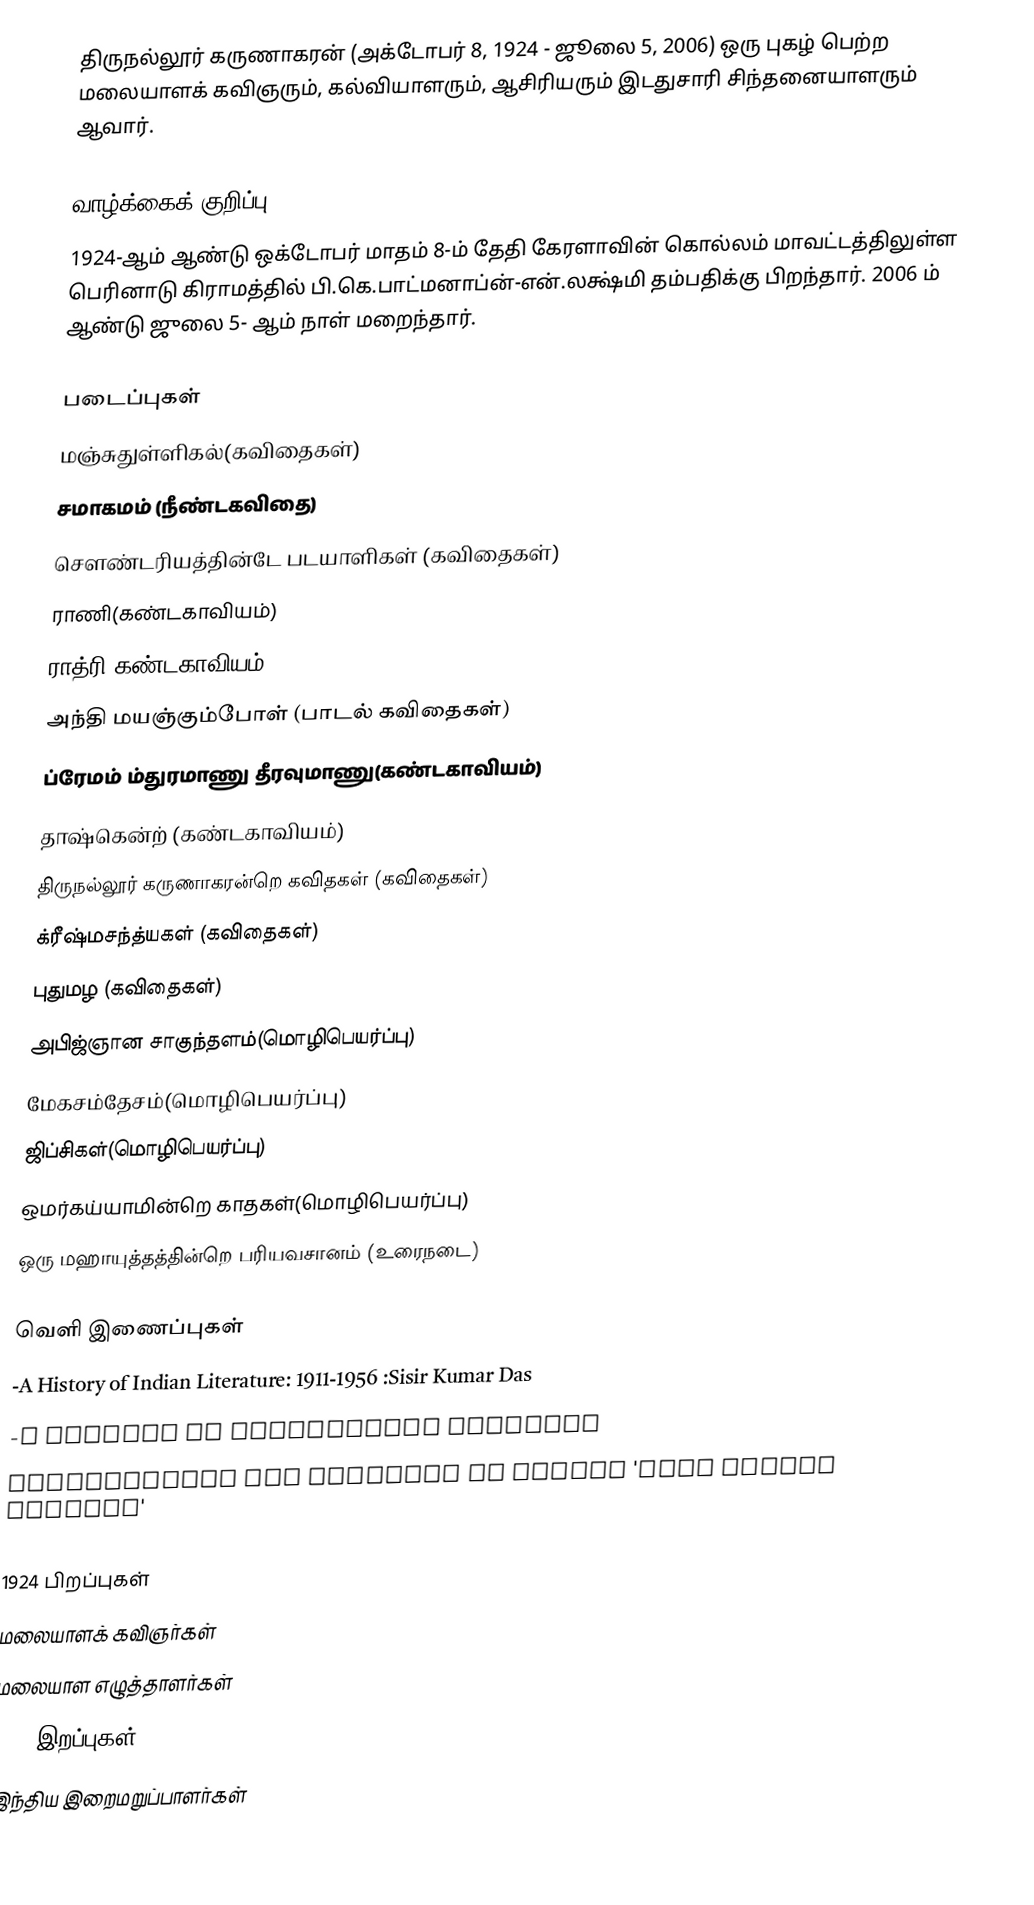
திருநல்லூர் கருணாகரன் (அக்டோபர் 8, 1924 - ஜூலை 5, 2006) ஒரு புகழ் பெற்ற மலையாளக் கவிஞரும், கல்வியாளரும், ஆசிரியரும் இடதுசாரி சிந்தனையாளரும் ஆவார்.

வாழ்க்கைக் குறிப்பு
1924-ஆம் ஆண்டு ஒக்டோபர் மாதம் 8-ம் தேதி கேரளாவின் கொல்லம் மாவட்டத்திலுள்ள பெரினாடு கிராமத்தில் பி.கெ.பாட்மனாப்ன்-என்.லக்ஷ்மி தம்பதிக்கு  பிறந்தார். 2006 ம் ஆண்டு   ஜுலை 5- ஆம் நாள் மறைந்தார்.

படைப்புகள்
மஞ்சுதுள்ளிகல்(கவிதைகள்)
சமாகமம் (நீண்டகவிதை)
சௌண்டரியத்தின்டே படயாளிகள் (கவிதைகள்)
ராணி(கண்டகாவியம்)
ராத்ரி(கண்டகாவியம்)
அந்தி மயஞ்கும்போள் (பாடல் கவிதைகள்)
ப்ரேமம் ம்துரமாணு தீரவுமாணு(கண்டகாவியம்)
தாஷ்கென்ற் (கண்டகாவியம்)
திருநல்லூர் கருணாகரன்றெ கவிதகள் (கவிதைகள்)
க்ரீஷ்மசந்த்யகள் (கவிதைகள்)
புதுமழ (கவிதைகள்)
அபிஜ்ஞான சாகுந்தளம்(மொழிபெயர்ப்பு)
மேகசம்தேசம்(மொழிபெயர்ப்பு)
ஜிப்சிகள்(மொழிபெயர்ப்பு)
ஒமர்கய்யாமின்றெ காதகள்(மொழிபெயர்ப்பு)
ஒரு மஹாயுத்தத்தின்றெ பரியவசானம் (உரைநடை)

வெளி இணைப்புகள்
-A History of Indian Literature: 1911-1956 :Sisir Kumar Das
-A pioneer in translating classics
Thirunalloor for movement to spread 'real Indian culture'

1924 பிறப்புகள்
மலையாளக் கவிஞர்கள்
மலையாள எழுத்தாளர்கள்
2006 இறப்புகள்
இந்திய இறைமறுப்பாளர்கள்